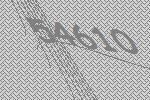
54610